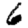
Digit: 6